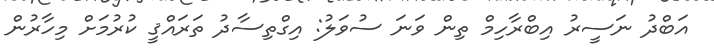
އަބްދު ނަސީރު އިބްރާހިމް ތިން ވަނަ ސުވަލު: އިގްތިސާދު ތަރައްޤީ ކުރުމަށް މިހާރުން